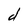
Character: d